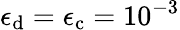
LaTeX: \epsilon_{\mathrm{d}}=\epsilon_{\mathrm{c}}=10^{-3}